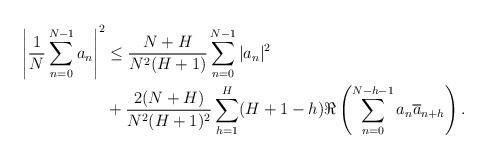
LaTeX: \begin{align*}\left| \frac{1}{N} \sum_{n=0}^{N-1} a_n \right|^2 &\leq \frac{N+H}{N^2(H+1)} \sum_{n=0}^{N-1} |a_n|^2 \\&+ \frac{2(N+H)}{N^2(H+1)^2} \sum_{h=1}^H (H + 1 - h) \Re \left( \sum_{n=0}^{N-h-1} a_n \overline{a}_{n+h} \right). \end{align*}